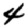
Digit: 4